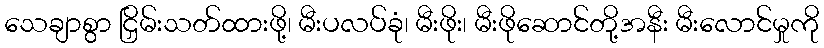
သေချာစွာ ငြှိမ်းသတ်ထားဖို့၊ မီးပလပ်ခုံ၊ မီးဖိုး၊ မီးဖိုဆောင်တို့အနီး မီးလောင်မှုကို